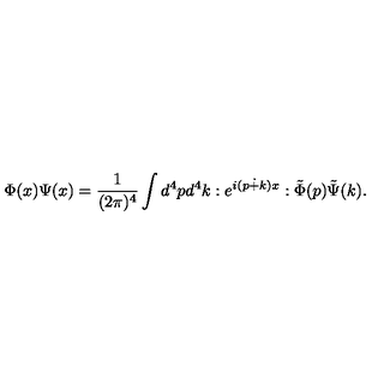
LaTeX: \Phi ( x ) \Psi ( x ) = \frac { 1 } { ( 2 \pi ) ^ { 4 } } \int d ^ { 4 } p d ^ { 4 } k : e ^ { i ( p \dot { + } k ) x } : \tilde { \Phi } ( p ) \tilde { \Psi } ( k ) .